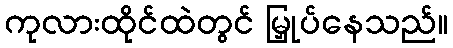
ကုလားထိုင်ထဲတွင် မြှုပ်နေသည်။